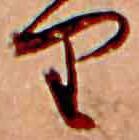
り